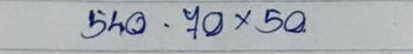
540 - 70 x 50